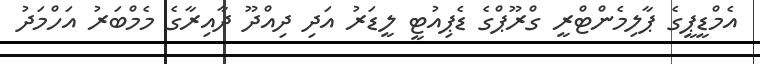
އެމްޑީޕީގެ ޕާލިމެންޓްރީ ގްރޫޕްގެ ޑެޕިއުޓީ ލީޑަރު އަދި ދިއްދޫ ދާއިރާގެ މެމްބަރު އަހްމަދު